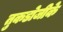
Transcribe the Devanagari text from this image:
तुकडोजीके